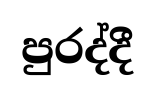
පුරද්දී